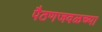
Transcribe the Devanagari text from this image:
पैठणजवळच्या